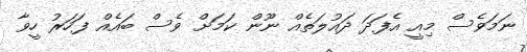
ނަމަވެސް މިއީ އެފަދަ ދައުލަތެއް ނޫން ކަމަށް ވެސް ބައެއް ފަހަރު ހީވާ